Statistics compiled by the Government of India from the reports of provincial Civil Veterinary Departments
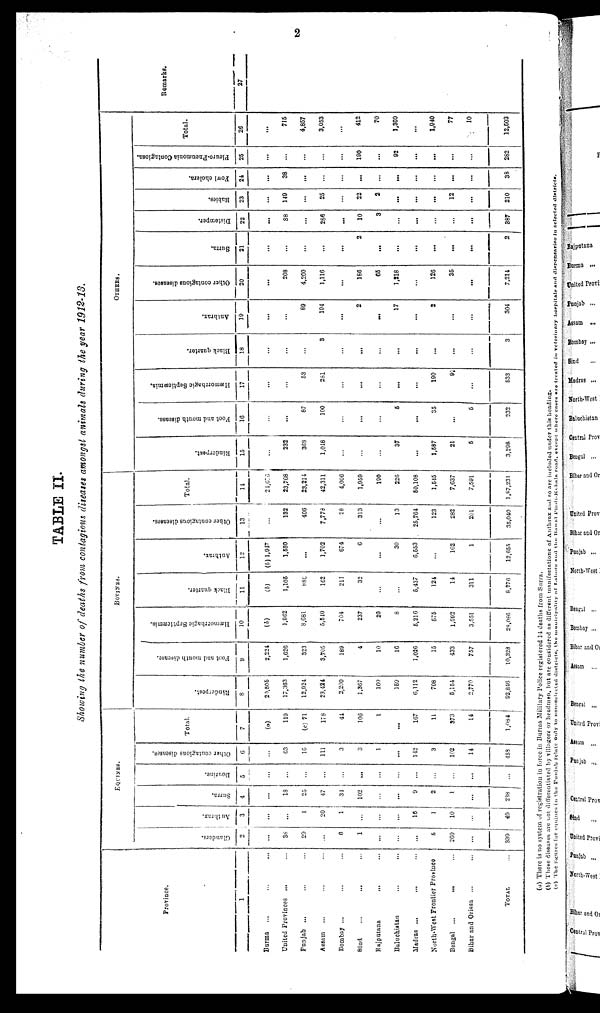
2
TABLE II.
Showing the number of deaths from contagious diseases amongst animals during the year 1912-13.
Province.
1
Burma
... ... ...
United Provinces ... ... ...
Punjab ... ... ...
Assam
... ... ...
Bombay ... ... ...
Sind ... ... ... ...
Rajputana ... ... ...
Baluchistan ... ... ...
Madras ... ... ...
North-West Frontier Province
Bengal
...
... ... ...
Bihar and Orissa ... ... ...
TOTAL ...
EQUINES.
Glanders.
2
...
38
29
...
6
1
...
...
...
6
260
...
339
Anthrax.
3
...
...
1
20
1
...
...
...
16
1
10
...
49
Surra.
4
...
18
25
47
34
102
...
...
9
2
1
...
238
Dourine.
5
...
...
...
...
...
...
...
...
...
...
...
...
...
Other contagious diseases.
6
...
63
16
111
3
3
1
...
142
3
102
14
458
Total.
7
(a)
119
(c) 71
178
44
106
1
...
167
11
373
14
1,084
BOVINES.
Rinderpest.
8
29,506
17,363
12,924
23,424
2,200
1,367
160
159
6,112
708
5,154
2,770
92,846
Foot and month disease.
9
2,224
1,626
323
3,705
189
4
10
16
1,026
16
433
757
10,328
Hæmorrhagic Septicæmia.
10
(b)
1,962
3,681
5,540
704
237
20
8
5,216
575
1,592
3,551
28,086
Black quarter.
11
(b)
1,105
880
162
211
32
...
...
5,437
124
14
311
8,276
Anthrax.
12
(b) 1,917
1,580
...
1,702
674
6
...
30
6,553
...
162
1
12,655
Other contagious diseases.
13
...
132
406
7,778
28
313
...
13
25,764
123
282
201
35,040
Total.
14
21,676
23,768
28,214
42,311
4,006
1,959
190
226
50,108
1,545
7,637
7,591
1,87,231
OTHERS
Rinderpest.
15
...
232
368
1,048
...
...
...
37
...
1,587
21
5
3,298
Foot and mouth disease.
16
...
...
87
100
...
...
...
5
...
35
...
5
232
Hæmorrhagic Septicæmia.
17
...
...
53
281
...
...
...
...
...
190
9
...
533
Black quarter.
18
...
...
...
3
...
...
...
...
...
...
...
...
3
Anthrax.
19
...
...
89
194
...
2
...
17
...
2
...
...
304
Other contagious diseases.
20
...
208
4,260
1,116
...
186
65
1,218
...
126
35
...
7,214
Surra.
21
...
...
...
...
...
2
...
...
...
...
...
...
2
Distomper.
22
...
88
...
286
...
10
3
...
...
...
...
...
387
Rabies.
23
...
149
...
25
...
22
2
...
...
...
12
...
210
Fowl cholera.
24
...
38
...
...
...
...
...
...
...
...
...
...
38
Pleuro-Pneumonia Contagiosa.
25
...
...
...
...
...
190
...
92
...
...
...
...
282
Total.
26
...
715
4,857
3,053
...
412
70
1,369
...
1,940
77
10
12,503
Remarks.
27
(a) There is no system of registration in force in Burma Military Police registered 14 deaths from Surra.
(b) These diseases are not differentiated by villagors or headmen, but are considered as different manifestations of Anthrax and so are included under this heading.
(c) The figures for equines in the Punjab relate only to non-selected districts, the municipality of
Lahore
and
the
Rawal
Pindi-kohala road, except where cause are treated in veterinary hospitals and dispensaries in selected districts.